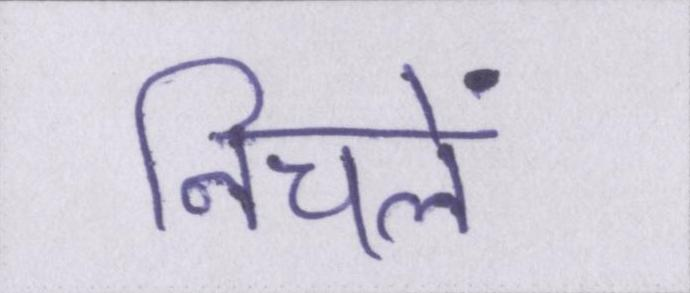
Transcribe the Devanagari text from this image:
निचले